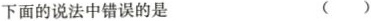
下面的说法中错误的是 ( )